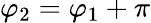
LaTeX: \varphi_{2}=\varphi_{1}+\pi